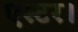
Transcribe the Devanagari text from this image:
एस्टर।